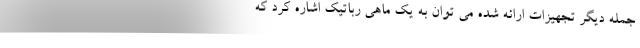
جمله دیگر تجهیزات ارائه شده می توان به یک ماهی رباتیک اشاره کرد که